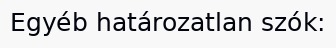
Egyéb határozatlan szók: